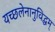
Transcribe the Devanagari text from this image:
यच्छलेनानुविद्धम्